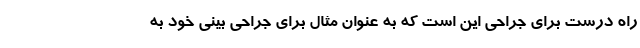
راه درست برای جراحی این است که به عنوان مثال برای جراحی بینی خود به